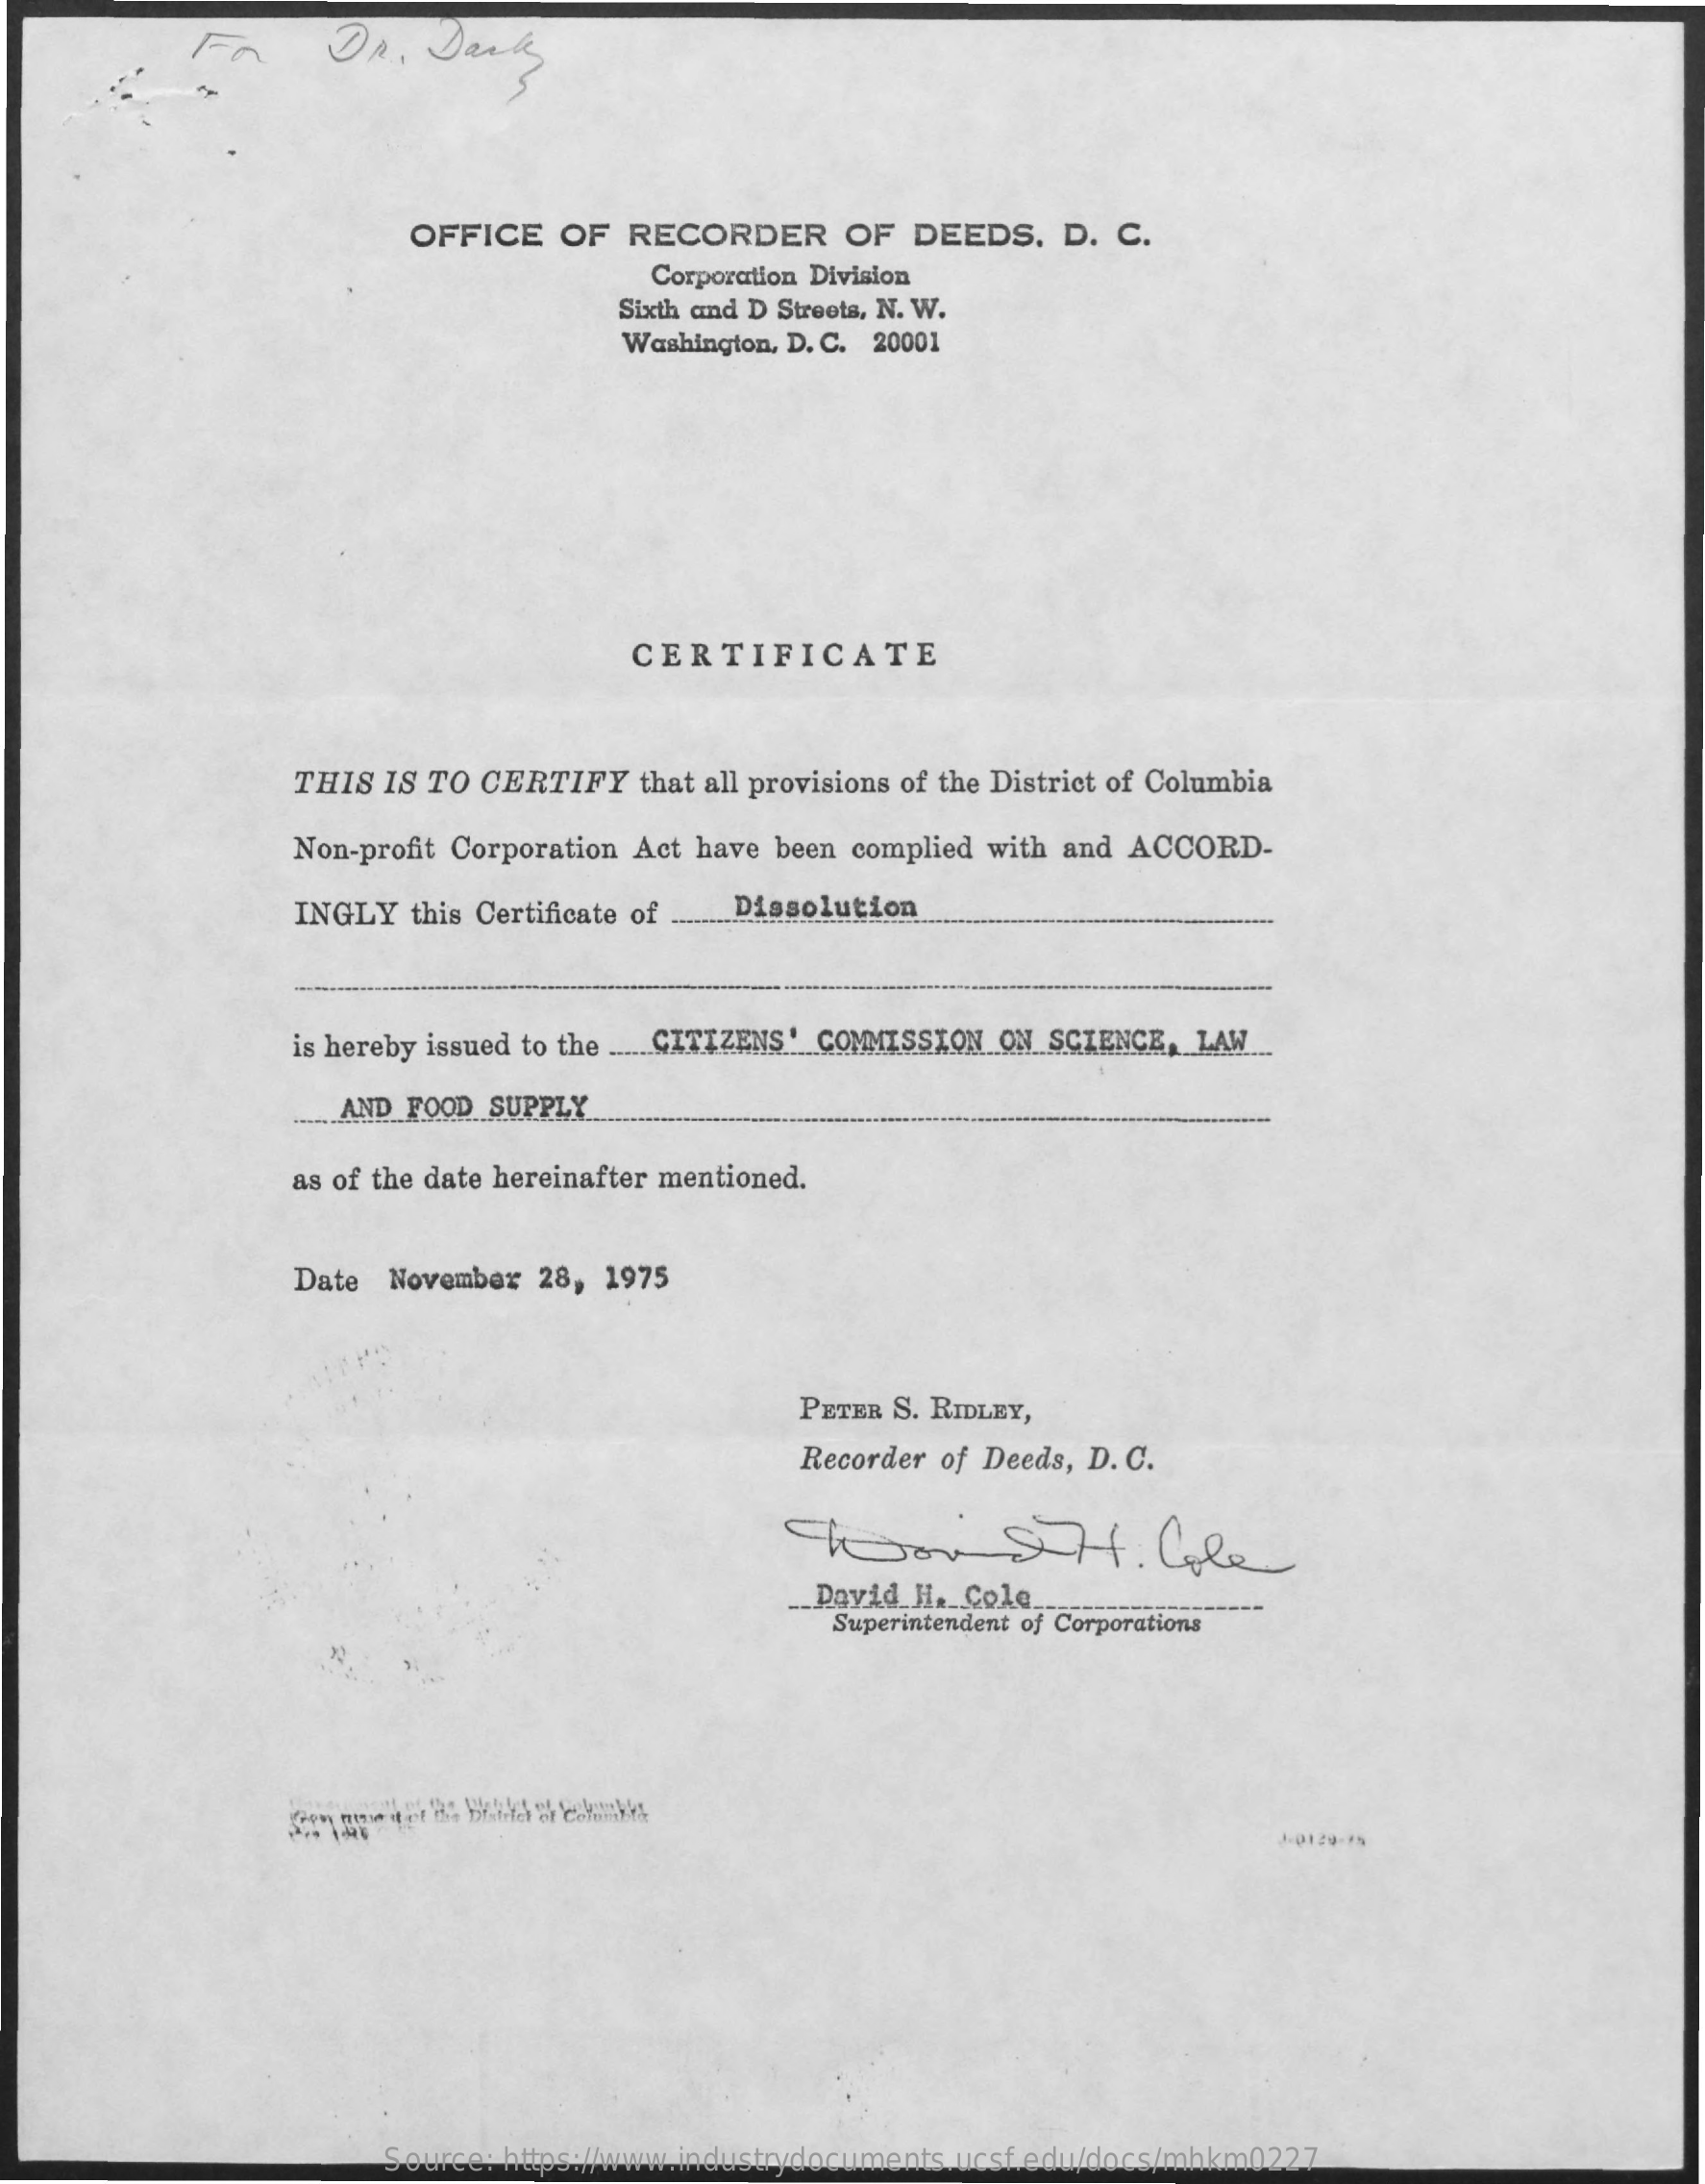
FA    Dr.   Dank
     OFFICE   OF  RECORDER    OF  DEEDS.    D. C.
     Corporation Division
     Sixth and D Streets, N. W.
     Washington, D. C. 20001
     CERTIFICATE
     THIS IS TO CERTIFY   that all provisions of the District of Columbia
     Non-profit Corporation Act have been complied with and ACCORD-
     INGLY  this Certificate of  Dissolution
     is hereby issued to the CITIZENS' COMMISSION ON SCIENCE, LAW ...
     ..... AND FOOD SUPPLY
     as of the date hereinafter mentioned.
     Date November  28, 1975
     PETER S. RIDLEY,
     Recorder of Deeds, D. C.
     hooo    SHf.    Cole
     __ David H. Cola.
     Superintendent of Corporations
     Source: https://www.industrydocuments.ucsf.edu/docs/mhkm0227